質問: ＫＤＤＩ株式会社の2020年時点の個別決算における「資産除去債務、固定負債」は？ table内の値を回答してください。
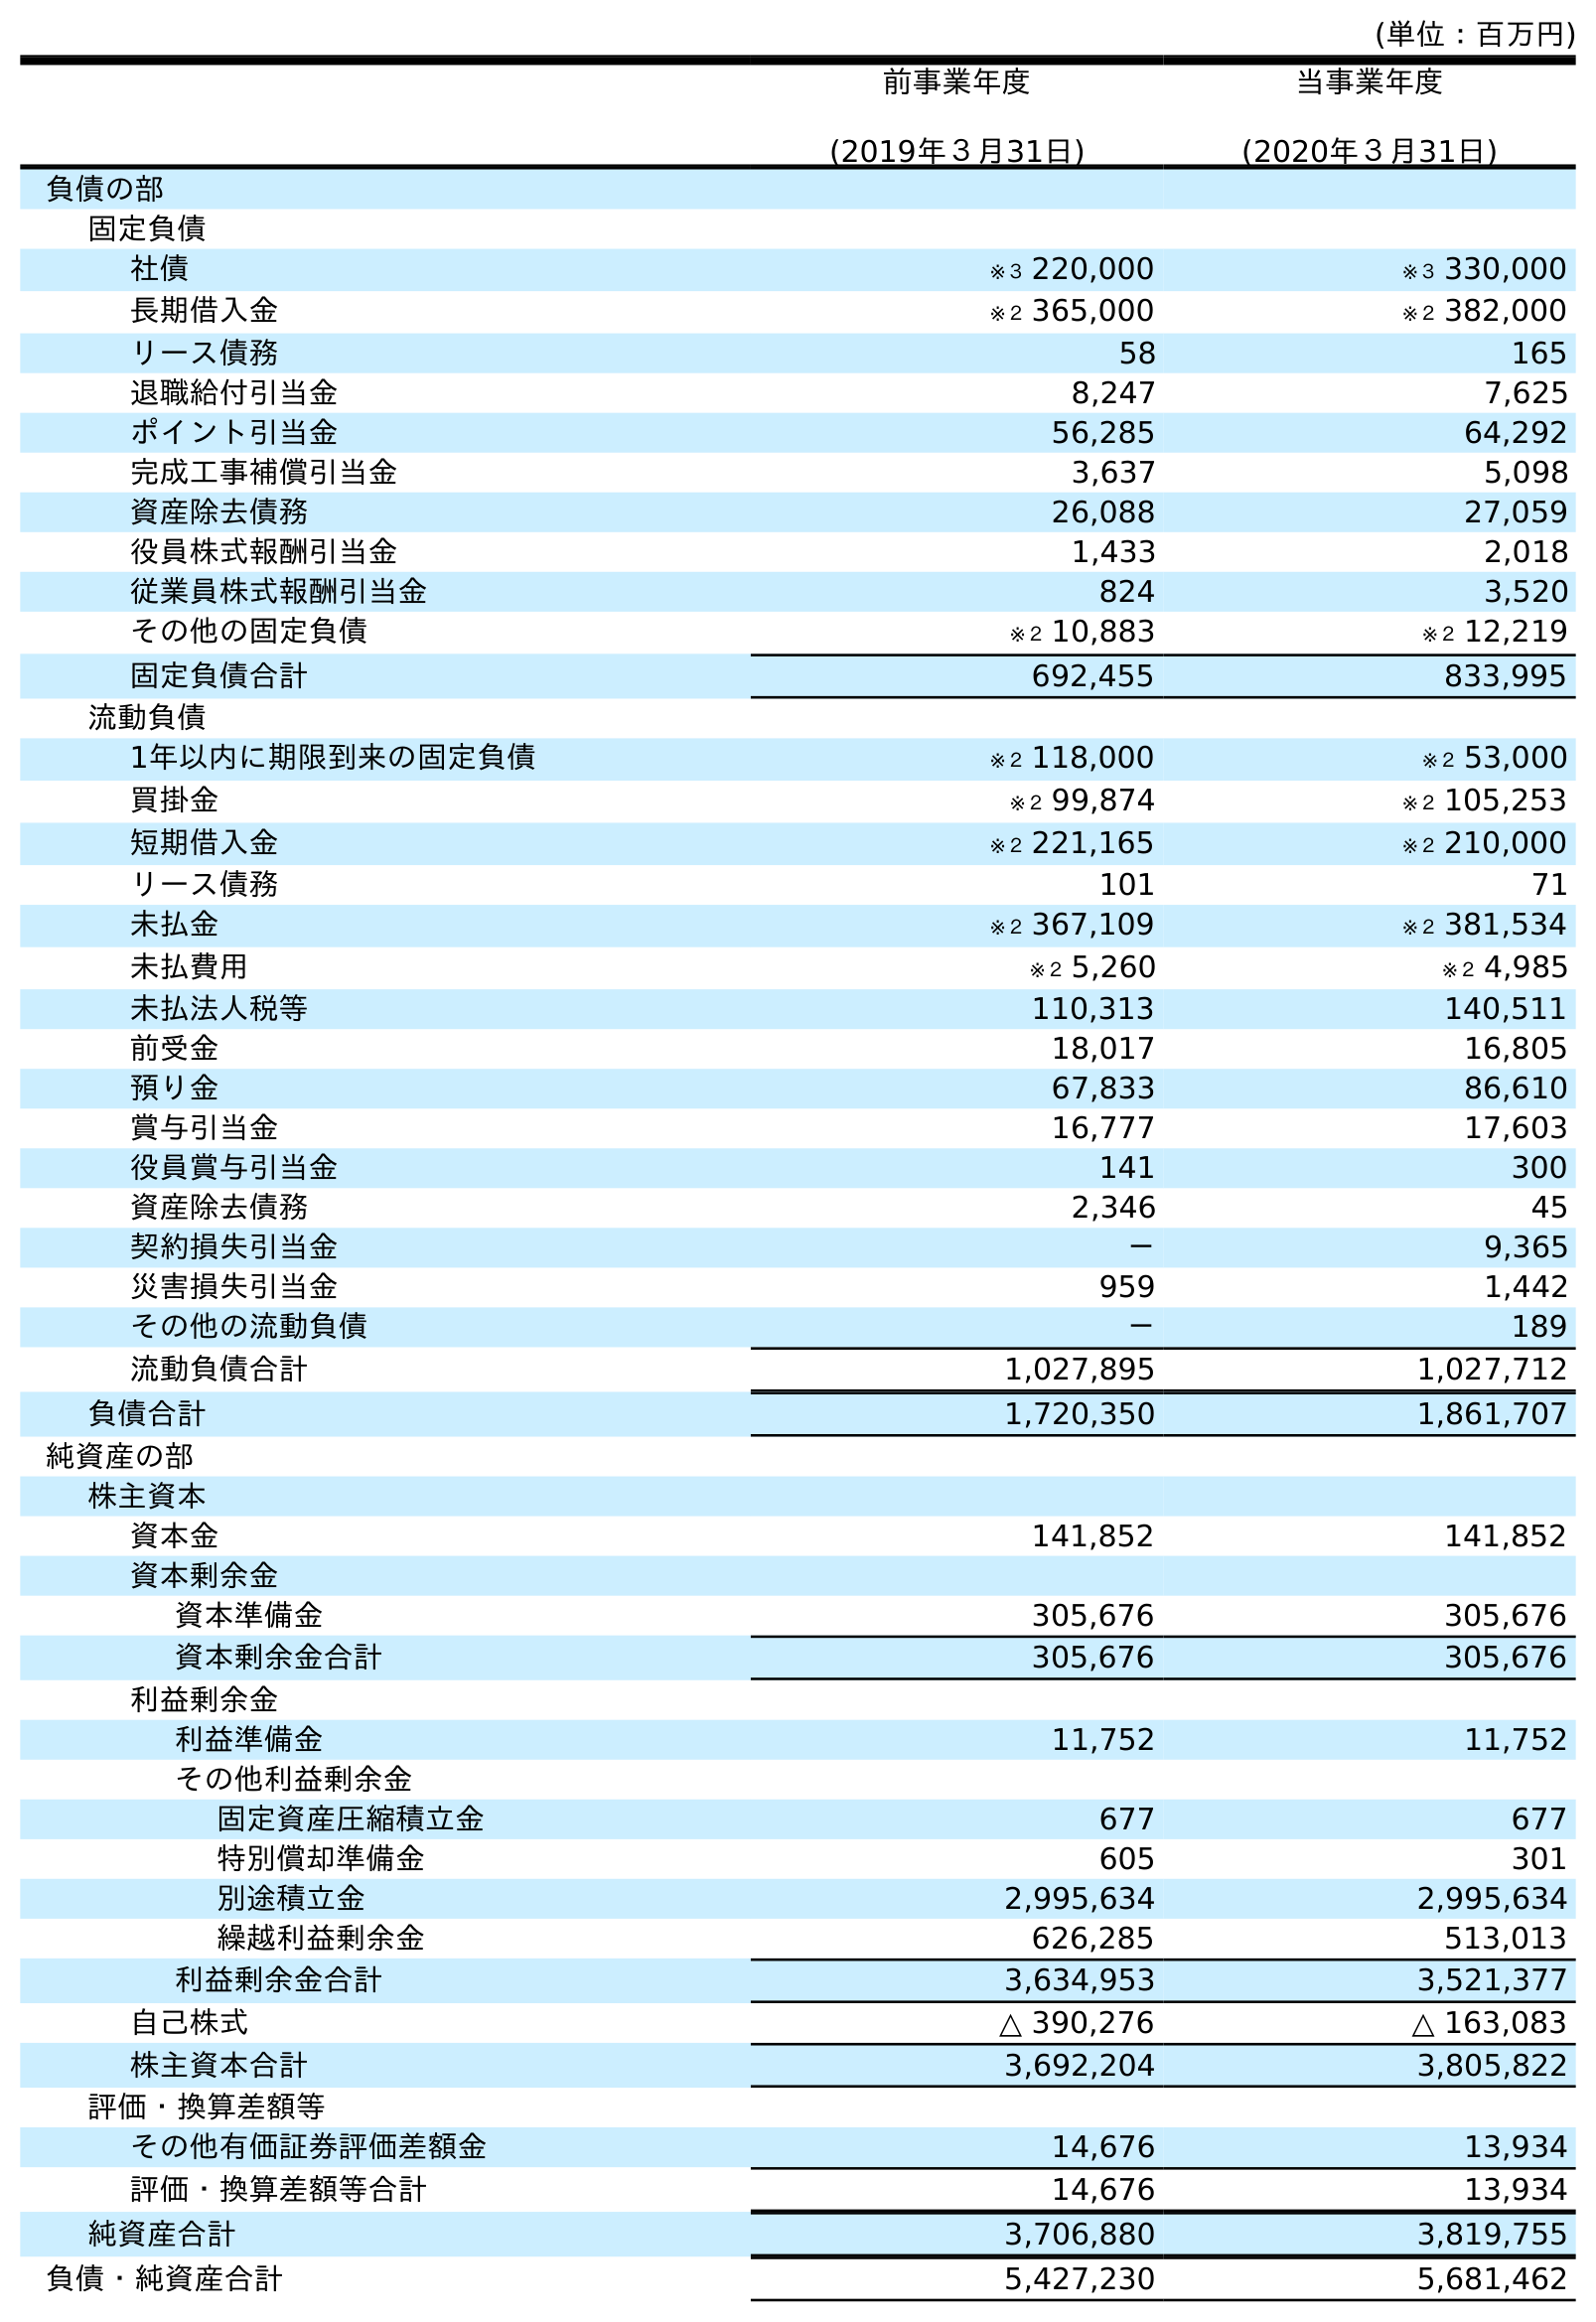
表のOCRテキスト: (単位：百万円) 前事業年度 (2019年３月31日) 当事業年度 (2020年３月31日) 負債の部 固定負債 社債 ※３ 220,000 ※３ 330,000 長期借入金 ※２ 365,000 ※２ 382,000 リース債務 58 165 退職給付引当金 8,247 7,625 ポイント引当金 56,285 64,292 完成工事補償引当金 3,637 5,098 資産除去債務 26,088 27,059 役員株式報酬引当金 1,433 2,018 従業員株式報酬引当金 824 3,520 その他の固定負債 ※２ 10,883 ※２ 12,219 固定負債合計 692,455 833,995 流動負債 1年以内に期限到来の固定負債 ※２ 118,000 ※２ 53,000 買掛金 ※２ 99,874 ※２ 105,253 短期借入金 ※２ 221,165 ※２ 210,000 リース債務 101 71 未払金 ※２ 367,109 ※２ 381,534 未払費用 ※２ 5,260 ※２ 4,985 未払法人税等 110,313 140,511 前受金 18,017 16,805 預り金 67,833 86,610 賞与引当金 16,777 17,603 役員賞与引当金 141 300 資産除去債務 2,346 45 契約損失引当金 － 9,365 災害損失引当金 959 1,442 その他の流動負債 － 189 流動負債合計 1,027,895 1,027,712 負債合計 1,720,350 1,861,707 純資産の部 株主資本 資本金 141,852 141,852 資本剰余金 資本準備金 305,676 305,676 資本剰余金合計 305,676 305,676 利益剰余金 利益準備金 11,752 11,752 その他利益剰余金 固定資産圧縮積立金 677 677 特別償却準備金 605 301 別途積立金 2,995,634 2,995,634 繰越利益剰余金 626,285 513,013 利益剰余金合計 3,634,953 3,521,377 自己株式 △ 390,276 △ 163,083 株主資本合計 3,692,204 3,805,822 評価・換算差額等 その他有価証券評価差額金 14,676 13,934 評価・換算差額等合計 14,676 13,934 純資産合計 3,706,880 3,819,755 負債・純資産合計 5,427,230 5,681,462
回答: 27,059